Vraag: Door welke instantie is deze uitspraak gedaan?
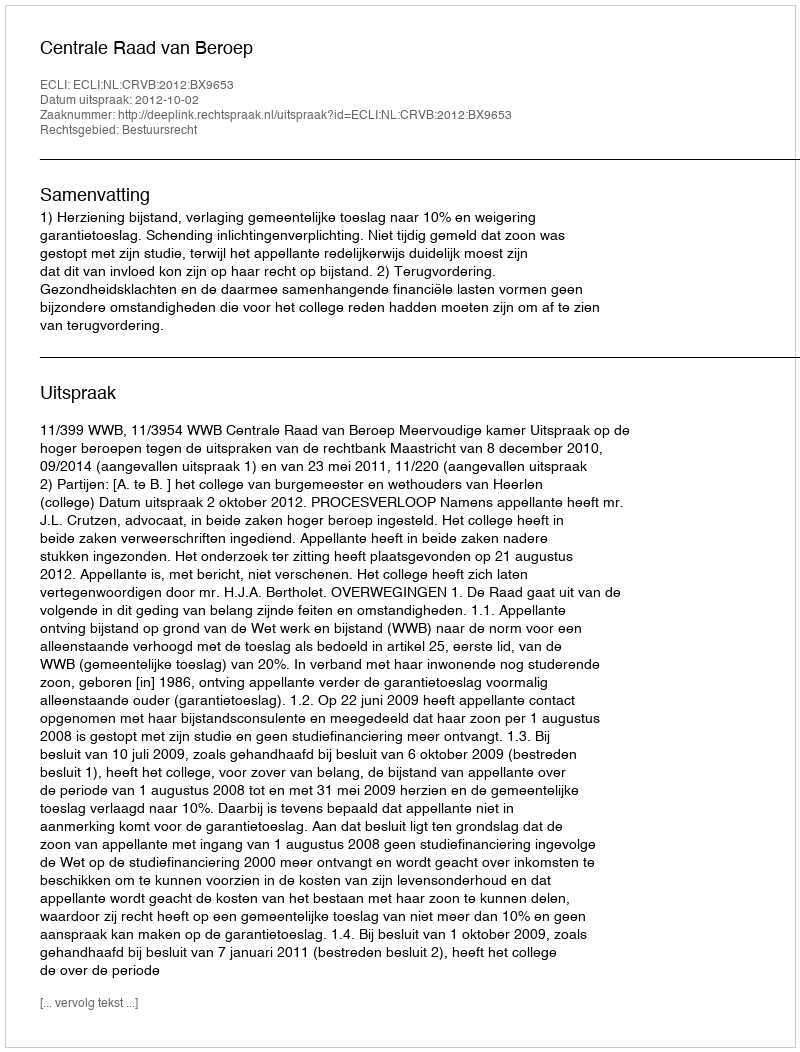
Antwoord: Centrale Raad van Beroep